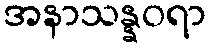
အနာသန္နဝရာ